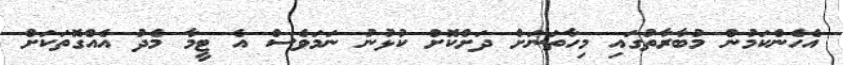
އެހެންކަމުން މުބާރާތުގައި މިހާތަނަށް ދަށްކޮށް ކުޅުނު ނަމަވެސް އެ ޓީމާ މެދު އެއްގޮތަކަށް